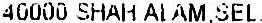
40000 SHAH ALAM. SEL.